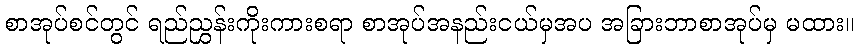
စာအုပ်စင်တွင် ရည်ညွှန်းကိုးကားစရာ စာအုပ်အနည်းငယ်မှအပ အခြားဘာစာအုပ်မှ မထား။